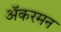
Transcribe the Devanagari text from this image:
अॅकरमन